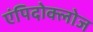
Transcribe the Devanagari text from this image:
एंपिदोक्लोज